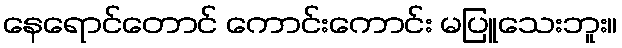
နေရောင်တောင် ကောင်းကောင်း မပြူသေးဘူး။